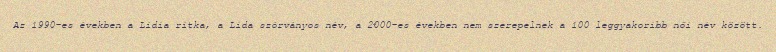
Az 1990-es években a Lídia ritka, a Lida szórványos név, a 2000-es években nem szerepelnek a 100 leggyakoribb női név között.